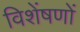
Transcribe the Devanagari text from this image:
विशेंषणों